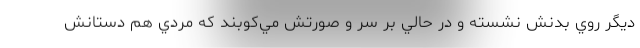
ديگر روي بدنش نشسته و در حالي بر سر و صورتش مي‌كوبند كه مردي هم دستانش